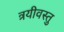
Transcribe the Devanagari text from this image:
त्रयीवस्तु